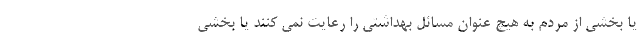
یا بخشی از مردم به هیچ عنوان مسائل بهداشتی را رعایت نمی کنند یا بخشی